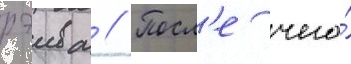
рэива // Посл'е чего́